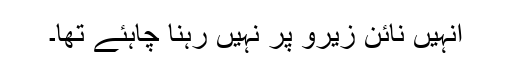
انہیں نائن زیرو پر نہیں رہنا چاہئے تھا۔